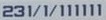
231/1/111111